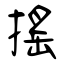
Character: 搖